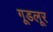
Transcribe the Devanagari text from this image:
गूडलूर